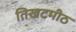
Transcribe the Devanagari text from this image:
तिखटमीठ